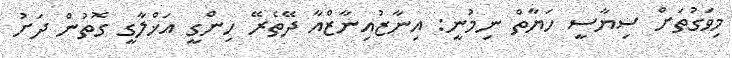
މިވަގުތަށް ސިޔާސީ ހަޔާތް ނިމުނީ: އިނާޒުއިނާޒްއާ ދޭތެރޭ ހިންގީ އަޚްލާގީ ގޮތުން ދަށު